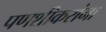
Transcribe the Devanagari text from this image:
पणशीकरांना